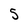
Character: 5